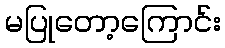
မပြုတော့ကြောင်း